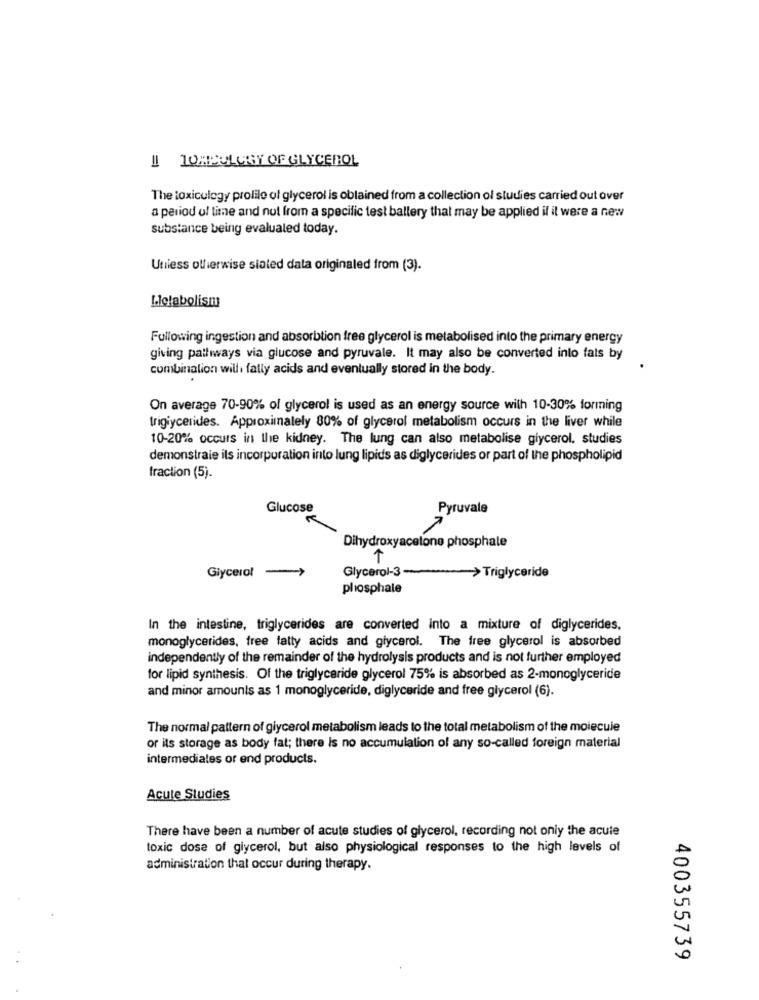
II HOMECLUBY OF GLYCEROL
The toxicology prolile of glycerol is obtained from a collection of studies carried out over
a period of time and nul from a specific test ballery that may be applied il it were a new
substance being evalualed today.
Unless ollierwise siated data originaled from (3).
Llclabolism
Following ingestion and absorbtion free glycerol is metabolised into the primary energy
giving pathways via glucose and pyruvale. It may also be converted into fals by
combination will fally acids and eventually stored in the body.
On average 70-90% of glycerol is used as an energy source with 10-30% forming
triglycerides. Approximately 80% of glycerol metabolism occurs in the liver while
10-20% occurs in the kidney. The lung can also metabolise glycerol, studies
demonstraie ils incorporation into lung lipids as diglycerides or part of the phospholipid
fraction (5).
Glucose
Pyruvale
Dihydroxyacetone phosphate
1
Glycerol-3-
> Triglyceride
Glycerol
-
phosphate
In the intestine, triglycerides are converted into a mixture of diglycerides.
monoglycerides, free fatty acids and glycerol. The free glycerol is absorbed
independently of the remainder of the hydrolysis products and is not further employed
for lipid synthesis. Of the triglyceride glycerol 75% is absorbed as 2-monoglyceride
and minor amounts as 1 monoglyceride, diglyceride and free glycerol (6).
The normal pattern of glycerol metabolism leads to the total metabolism of the molecule
or its storage as body fat; there Is no accumulation of any so-called foreign material
intermediates or end products.
Acute Studies
There have been a number of acute studies of glycerol, recording not only the acute
toxic dose of glycerol, but also physiological responses to the high levels of
administration that occur during therapy.
400355739